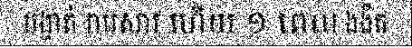
បង្ហាត់ រាបសារ ហើយ ១ ពេល ងងឹត